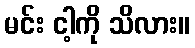
မင်း ငါ့ကို သိလား။